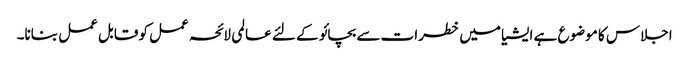
اجلاس کا موضوع ہے ایشیا میں خطرات سے بچائو کے لئے عالمی لائحہ عمل کو قابل عمل بنانا۔